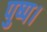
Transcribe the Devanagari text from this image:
पुष्प।